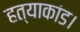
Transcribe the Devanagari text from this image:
हत्याकांड।